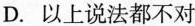
D.以上说法都不对